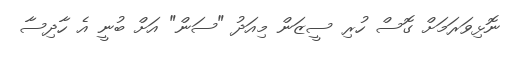
ނޮޅިވަރަމަށް ގޮސް ހުރި ސީޒަން މިއަދު "ސަން" އަށް ބުނީ އެ ހާދިސާ